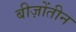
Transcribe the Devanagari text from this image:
बीज़ोंतीन